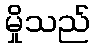
မှိုသည်